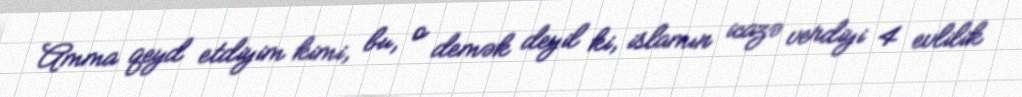
Amma qeyd etdiyim kimi, bu, o demək deyil ki, islamın icazə verdiyi 4 evlilik